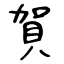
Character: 賀